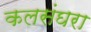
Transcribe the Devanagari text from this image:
कलसंघरा